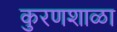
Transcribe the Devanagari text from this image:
कुरणशाळा